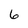
Character: 6